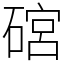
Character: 䃔